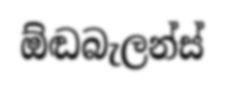
ඕඬබැලන්ස්